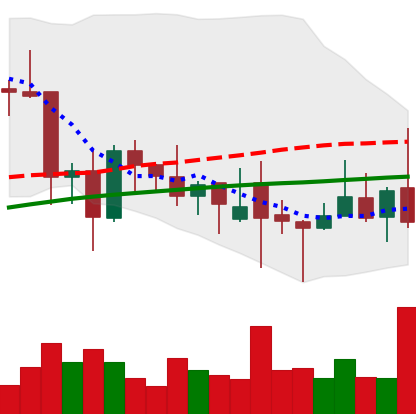
Ticker: XLM-USD
Chart end date: 2021-12-03
Forward return: -6.129%
Label: down_5_7